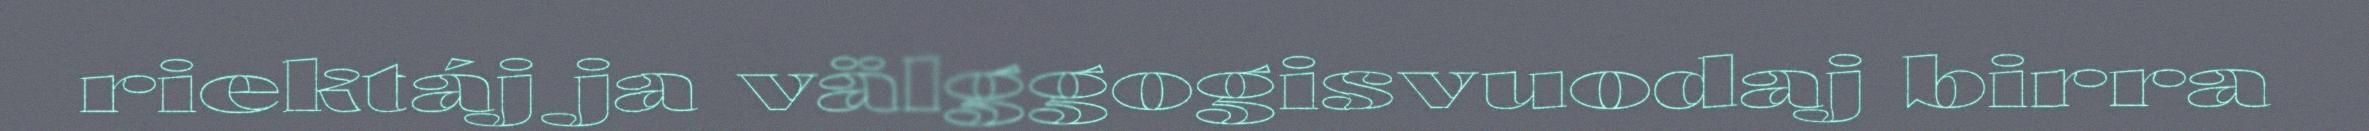
riektáj ja välggogisvuodaj birra